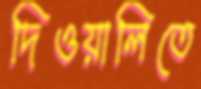
দিওয়ালিতে